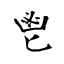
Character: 鬯